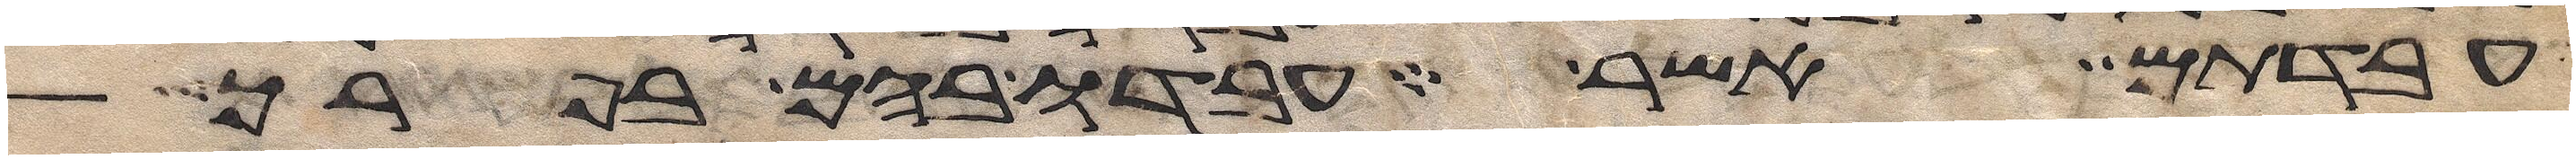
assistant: עבדתם אשר עבדו בהם בפרך